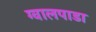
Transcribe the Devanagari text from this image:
ग्वालपाडा